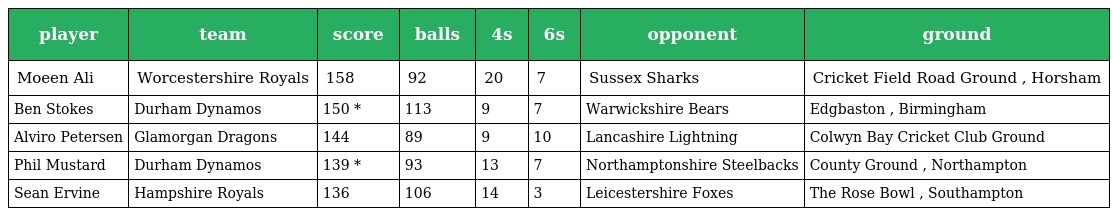
| player | team | score | balls | 4s | 6s | opponent | ground |
 | --- | --- | --- | --- | --- | --- | --- | --- |
 | Moeen Ali | Worcestershire Royals | 158 | 92 | 20 | 7 | Sussex Sharks | Cricket Field Road Ground , Horsham |
 | Ben Stokes | Durham Dynamos | 150 * | 113 | 9 | 7 | Warwickshire Bears | Edgbaston , Birmingham |
 | Alviro Petersen | Glamorgan Dragons | 144 | 89 | 9 | 10 | Lancashire Lightning | Colwyn Bay Cricket Club Ground |
 | Phil Mustard | Durham Dynamos | 139 * | 93 | 13 | 7 | Northamptonshire Steelbacks | County Ground , Northampton |
 | Sean Ervine | Hampshire Royals | 136 | 106 | 14 | 3 | Leicestershire Foxes | The Rose Bowl , Southampton |